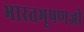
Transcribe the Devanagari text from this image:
भारतभूषणजी